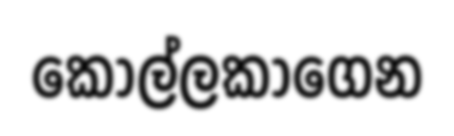
කොල්ලකාගෙන